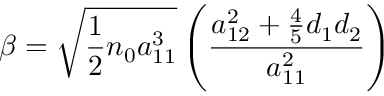
\ensuremath { \beta = \sqrt { \frac { 1 } { 2 } n _ { 0 } a _ { 1 1 } ^ { 3 } } \left( \frac { a _ { 1 2 } ^ { 2 } + \frac { 4 } { 5 } d _ { 1 } d _ { 2 } } { a _ { 1 1 } ^ { 2 } } \right) }